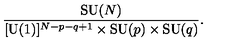
{ \frac { \mathrm { S U } ( N ) } { [ \mathrm { U } ( 1 ) ] ^ { N - p - q + 1 } \times \mathrm { S U } ( p ) \times \mathrm { S U } ( q ) } } .